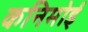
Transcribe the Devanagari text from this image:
कनिमोई